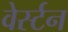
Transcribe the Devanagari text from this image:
वेर्स्‍टन